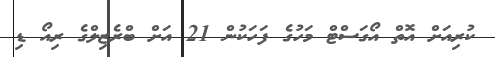
ކުރިއަށް އޮތް އޯގަސްޓް މަހުގެ ފަހަކުން 21 އަށް ބްރެޒިލްގެ ރިއޯ ޑި